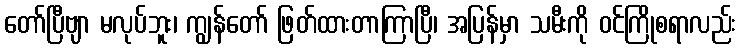
တော်ပြီဗျာ မလုပ်ဘူး၊ ကျွန်တော် ဖြတ်ထားတာကြာပြီ၊ အပြန်မှာ သမီးကို ဝင်ကြိုစရာလည်း